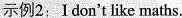
示例2： Idon't like maths.